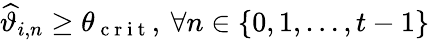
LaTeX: \widehat{\vartheta}_{i,n}\geq\theta_{\mathrm{~c~r~i~t~}},\: \forall n\in\{ 0,1,\ldots,t-1\}